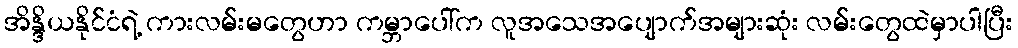
အိန္ဒိယနိုင်ငံရဲ့ ကားလမ်းမတွေဟာ ကမ္ဘာပေါ်က လူအသေအပျောက်အများဆုံး လမ်းတွေထဲမှာပါပြီး